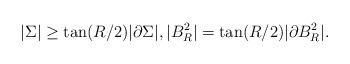
LaTeX: \begin{align*}|\Sigma | \geq \tan(R/2) | \partial \Sigma|, |B^2_R| = \tan(R/2) |\partial B^2_R|. \end{align*}